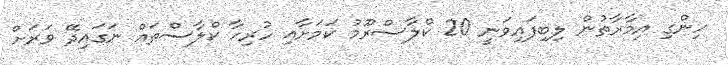
ހިންގި އިމާރާތުން ލިބިފައިވަނީ 20 ކްލާސްރޫމު ކަމަށާއި ހުރިހާ ކްލާސްތައް ނަގައިދޭ ވަރަށް